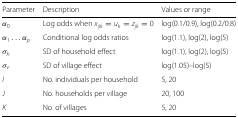
<table><thead><tr><td><b>Parameter</b></td><td><b>Description</b></td><td><b>Values or range</b></td></tr></thead><tbody><tr><td><i>α</i><sub>0</sub></td><td>Log odds when <i>x</i><sub><i>ijk</i></sub>=<i>u</i><sub><i>k</i></sub>=<i>z</i><sub><i>jk</i></sub>=0</td><td>log(0.1/0.9), log(0.2/0.8)</td></tr><tr><td><i>α</i><sub>1</sub>...<i>α</i><sub><i>p</i></sub></td><td>Conditional log odds ratios</td><td>log(1.1), log(2), log(5)</td></tr><tr><td><i>σ</i><sub><i>h</i></sub></td><td>SD of household effect</td><td>log(1.1), log(2), log(5)</td></tr><tr><td><i>σ</i><sub><i>v</i></sub></td><td>SD of village effect</td><td>log(1.05)–log(5)</td></tr><tr><td><i>I</i></td><td>No. individuals per household</td><td>5, 20</td></tr><tr><td><i>J</i></td><td>No. households per village</td><td>20, 100</td></tr><tr><td><i>K</i></td><td>No. of villages</td><td>5, 20</td></tr></tbody></table>